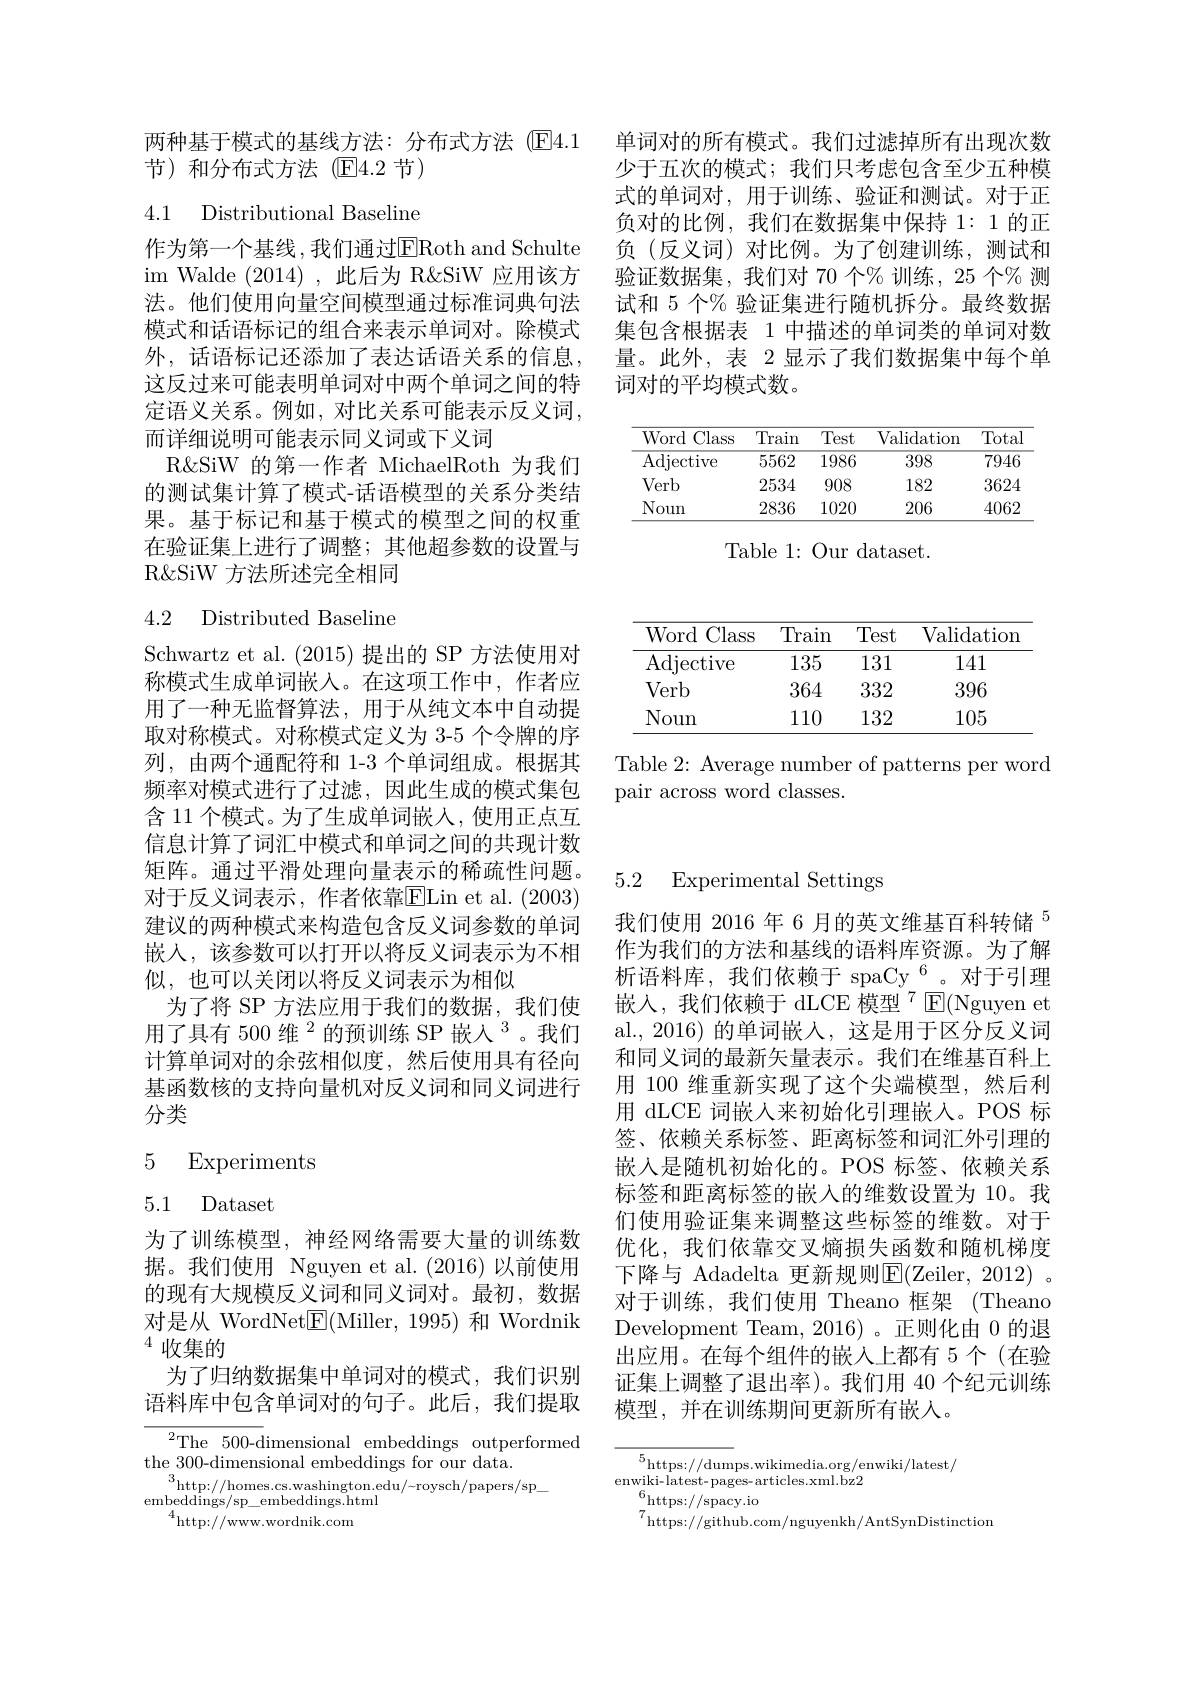
单词对的所有模式。我们过滤掉所有出现次数少于五次的模式；我们只考虑包含至少五种模式的单词对，用于训练、验证和测试。对于正负对的比例，我们在数据集中保持 1: 1 的正负(反义词)对比例。为了创建训练，测试和验证数据集，我们对 70 个% 训练，25 个% 测试和 5 个% 验证集进行随机拆分。最终数据集包含根据表 1 中描述的单词类的单词对数量。此外，表 2显示了我们数据集中每个单词对的平均模式数。

<table>
	<tbody>
		<tr>
			<th>Word Class</th>
			<th>Train</th>
			<th>Test</th>
			<th>Validation</th>
			<th>Total</th>
		</tr>
		<tr>
			<td>Adjective</td>
			<td>5562</td>
			<td>1986</td>
			<td>398</td>
			<td>7946</td>
		</tr>
		<tr>
			<td>Verb</td>
			<td>2534</td>
			<td>908</td>
			<td>182</td>
			<td>3624</td>
		</tr>
		<tr>
			<td>Noun</td>
			<td>2836</td>
			<td>1020</td>
			<td>206</td>
			<td>4062</td>
		</tr>
	</tbody>
</table>

Table 1: Our dataset.

<table>
	<tbody>
		<tr>
			<th>Word Class</th>
			<th>Train</th>
			<th>Test</th>
			<th>Validation</th>
		</tr>
		<tr>
			<td>Adjective</td>
			<td>135</td>
			<td>131</td>
			<td>141</td>
		</tr>
		<tr>
			<td>Verb</td>
			<td>364</td>
			<td>332</td>
			<td>396</td>
		</tr>
		<tr>
			<td>Noun</td>
			<td>110</td>
			<td>132</td>
			<td>105</td>
		</tr>
	</tbody>
</table>

Table 2: Average number of patterns per word
pair across word classes.

两种基于模式的基线方法：分布式方法(E4.1
节)和分布式方法(E4.2 节)

4.1 Distributional Baseline

作为第一个基线，我们通过$\overline{\mathrm{E}}$Roth and Schulte im Walde (2014),此后为 R&SiW 应用该方法。他们使用向量空间模型通过标准词典句法模式和话语标记的组合来表示单词对。除模式外，话语标记还添加了表达话语关系的信息， 这反过来可能表明单词对中两个单词之间的特定语义关系。例如，对比关系可能表示反义词， 而详细说明可能表示同义词或下义词
R&SiW 的第一作者 MichaelRoth 为我们的测试集计算了模式-话语模型的关系分类结果。基于标记和基于模式的模型之间的权重在验证集上进行了调整；其他超参数的设置与R&SiW 方法所述完全相同

## 4.2 Distributed Baseline

Schwartz et al. (2015)提出的 SP 方法使用对称模式生成单词嵌入。在这项工作中，作者应用了一种无监督算法，用于从纯文本中自动提取对称模式。对称模式定义为 3-5 个令牌的序列，由两个通配符和 1-3 个单词组成。根据其频率对模式进行了过滤，因此生成的模式集包含 11 个模式。为了生成单词嵌人，使用正点互信息计算了词汇中模式和单词之间的共现计数矩阵。通过平滑处理向量表示的稀疏性问题。对于反义词表示，作者依靠$\overline{\mathrm{E}}$Lin et al.(2003) 建议的两种模式来构造包含反义词参数的单词嵌入，该参数可以打开以将反义词表示为不相似，也可以关闭以将反义词表示为相似
为了将 SP 方法应用于我们的数据，我们使用了具有 500 维 $^{2}$ 的预训练 SP 嵌人$^{3}$。我们计算单词对的余弦相似度，然后使用具有径向基函数核的支持向量机对反义词和同义词进行分类
$$\begin{array}{cc}5&\text{Experiments}\\\\5.1&\text{Dataset}\end{array}$$
为了训练模型，神经网络需要大量的训练数据。我们使用 Nguyen et al.(2016)以前使用的现有大规模反义词和同义词对。最初，数据对是从 WordNet$\underline{\mathrm{E}}($Miller, 1995) 和 Wordnik $^{4}$收集的
为了归纳数据集中单词对的模式，我们识别语料库中包含单词对的句子。此后，我们提取

The 500-dimensional embeddings outperformed
the 300-dimensional embeddings for our data.
$^{\mathrm{o}}$http://homes.cs.washington.edu/-roysch/papers/sp\_
embeddings/sp\_embeddings.html
$^{4}$http://www.wordnik.com

## 5.2 Experimental Settings

我们使用 2016 年 6 月的英文维基百科转储$^{5}$ 作为我们的方法和基线的语料库资源。为了解析语料库，我们依赖于 spaCy$^{6}$。对于引理嵌入，我们依赖于 dLCE 模型$^{7}$E(Nguyen et al.,2016)的单词嵌人，这是用于区分反义词和同义词的最新矢量表示。我们在维基百科上用 100 维重新实现了这个尖端模型，然后利用 dLCE 词嵌入来初始化引理嵌入。POS 标签、依赖关系标签、距离标签和词汇外引理的嵌入是随机初始化的。POS 标签、依赖关系标签和距离标签的嵌入的维数设置为 10。我们使用验证集来调整这些标签的维数。对于优化，我们依靠交叉熵损失函数和随机梯度下降与 Adadelta 更新规则E(Zeiler,2012)。对于训练，我们使用 Theano 框架(Theano Development Team, 2016)。正则化由 0 的退出应用。在每个组件的嵌入上都有 5 个 (在验证集上调整了退出率)。我们用 40 个纪元训练模型，并在训练期间更新所有嵌人。

${^5\mathrm{https://dum}}$ps.wikimedia.org/enwiki/latest/
$\underset{G}{\operatorname*{\operatorname*{\text{enwiki-latest-pages-articles.xml.bz}2}}}$
$\begin{array}{l}{6}\\{7}\end{array}$https://spacy.io
$^{7}$https://github.com/nguyenkh/AntSynDistinction